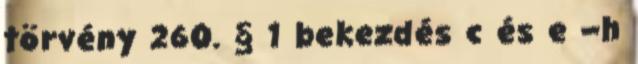
törvény 260. § 1 bekezdés c és e –h